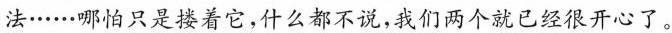
法······哪怕只是接着它。什么都不说，我们两个就已经很开心了。